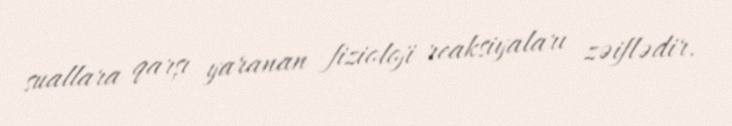
suallara qarşı yaranan fizioloji reaksiyaları zəiflədir.